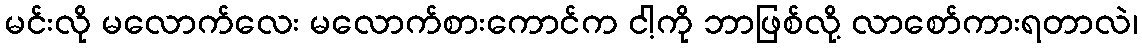
မင်းလို မလောက်လေး မလောက်စားကောင်က ငါ့ကို ဘာဖြစ်လို့ လာစော်ကားရတာလဲ၊